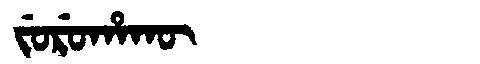
Manchu: ᠵᡠᡵᡠᡥᠠᡴᡡ
Romanization: JURUHAKŪ